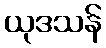
ယုဒသန်